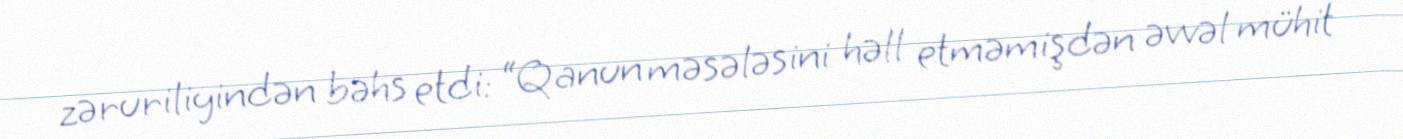
zəruriliyindən bəhs etdi: “Qanun məsələsini həll etməmişdən əvvəl mühit